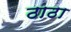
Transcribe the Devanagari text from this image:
ठाठा